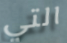
التي